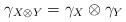
LaTeX: \begin{gather*} \gamma _{X\otimes Y}=\gamma _X\otimes \gamma _Y\end{gather*}